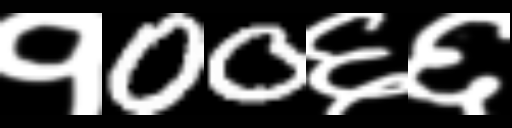
Text: १00६६